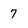
Character: 7